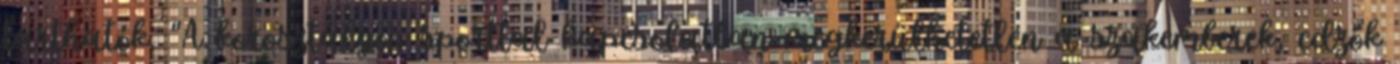
tarthatók. “A korosztályos sporttal kapcsolatban megkerülhetetlen a szakemberek, edzők